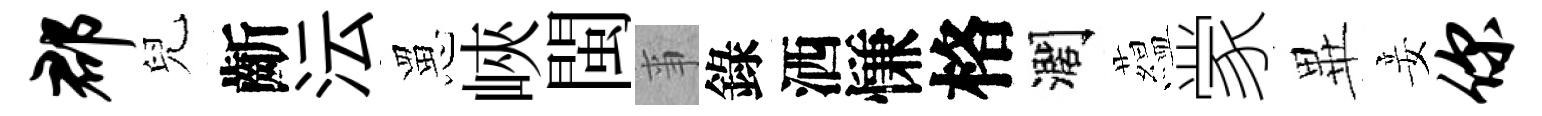
郡兒齗沄罳峽閩亊錄洒慊格濶藴䝉𭺾妾你